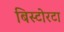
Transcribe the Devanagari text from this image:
बिस्टोरटा